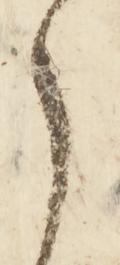
之